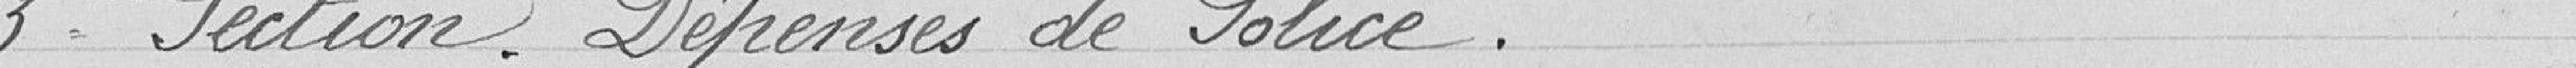
3ème Section. Dépenses de Police.